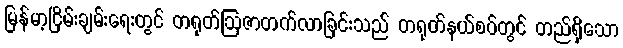
မြန်မာ့ငြိမ်းချမ်းရေးတွင် တရုတ်ဩဇာတက်လာခြင်းသည် တရုတ်နယ်စပ်တွင် တည်ရှိသော